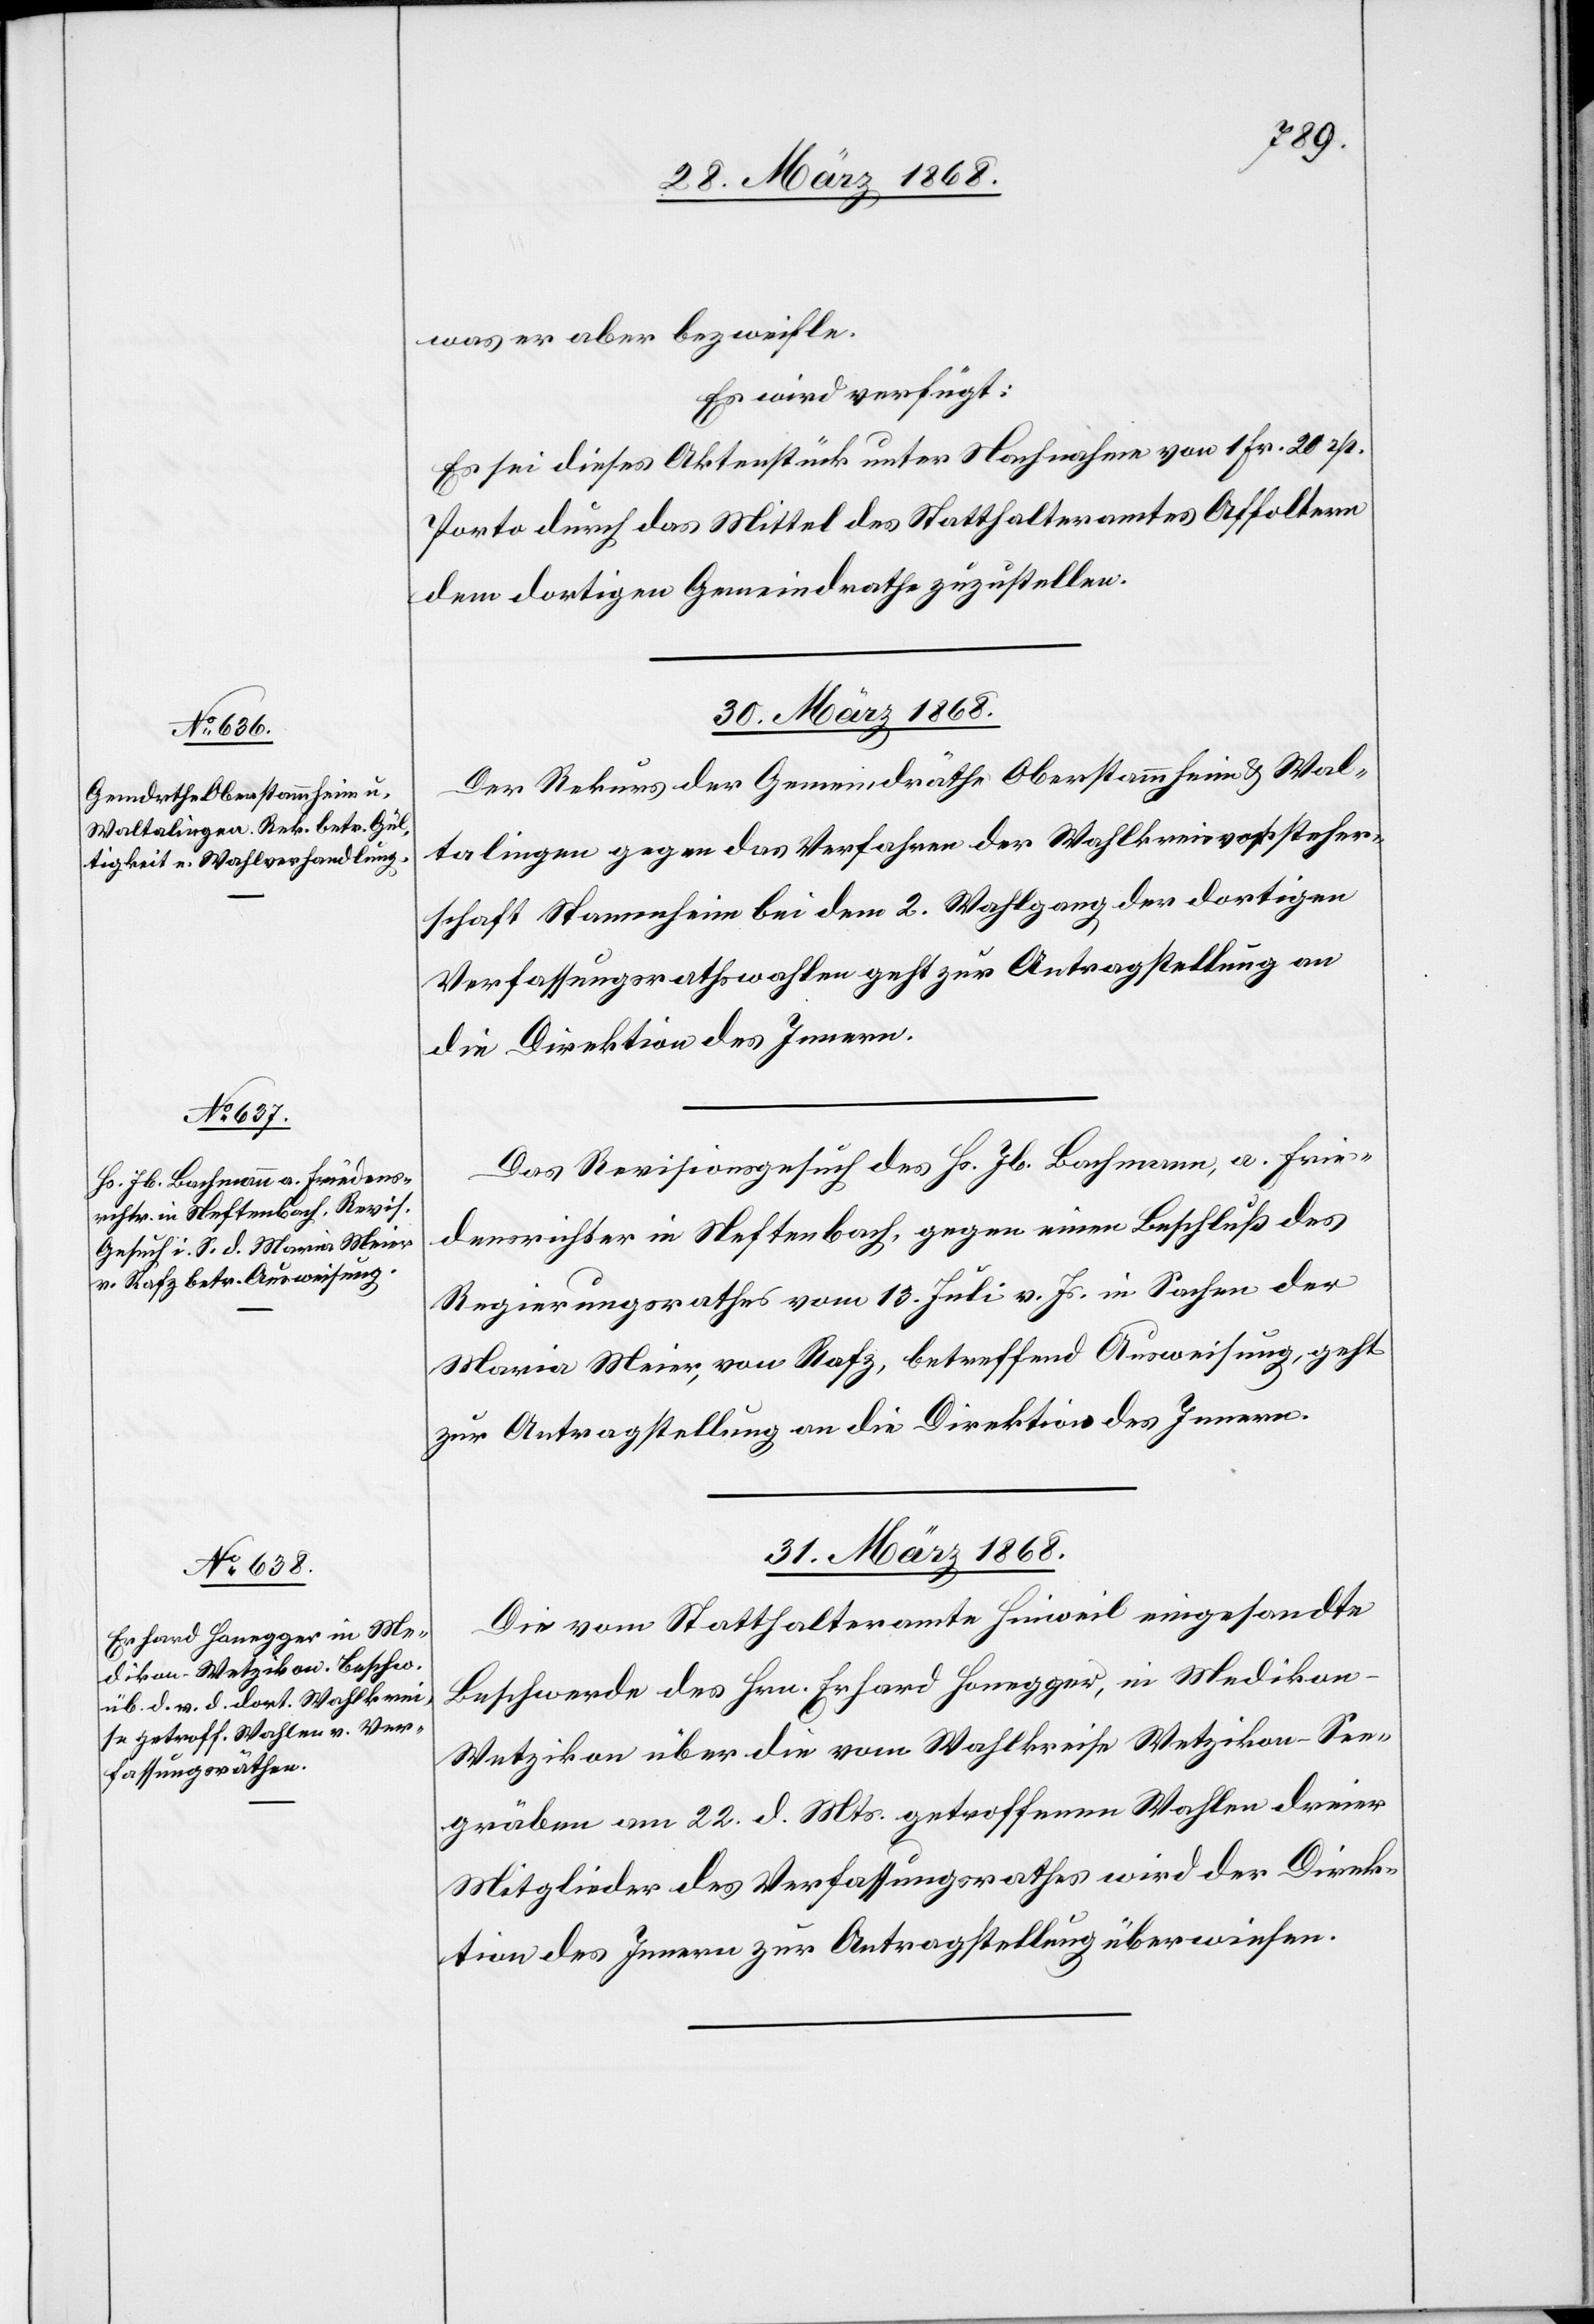
was er aber bezweifle.
Es wird verfügt:
Es sei dieses Aktenstück unter Nachnahme von 1 Fr. 20 rp.
Porto durch das Mittel des Statthalteramtes Affoltern
dem dortigen Gemeindrathe zuzustellen.
30. März 1868.]
Der Rekurs der Gemeindräthe Oberstammheim & Wal¬
talingen gegen das Verfahren der Wahlkreisvorsteher¬
schaft Stammheim bei dem 2. Wahlgang der dortigen
Verfassungsrathswahlen geht zur Antragstellung an
die Direktion des Innern.
Das Revisionsgesuch des Hs. Jb. Bachmann, a. Frie¬
densrichter in Neftenbach, gegen einen Beschluß des
Regierungsrathes vom 13. Juli v. Js. in Sachen der
Maria Meier, von Rafz, betreffend Ausweisung, geht
zur Antragstellung an die Direktion des Innern.
31. März 1868.
Die vom Statthalteramte Hinweil eingesandte
Beschwerde des Hrn. Erhard Honegger, in Medikon-W¬
etzikon über die vom Wahlkreise Wetzikon-See¬
gräben am 22. d. Mts. getroffenen Wahlen dreier
Mitglieder des Verfassungsrathes wird der Direk¬
tion des Innern zur Antragstellung überwiesen.